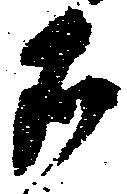
者